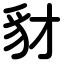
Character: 豺